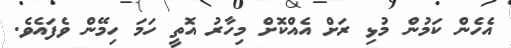
އެހެން ކަމުން މުޅި ރަށް އެއްކޮށް މިހާރު އޮތީ ހަމަ ހިމޭން ވެފައެވެ.